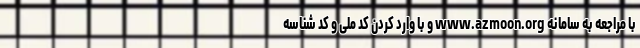
با مراجعه به سامانه www.azmoon.org و با وارد کردن کد ملی و کد شناسه